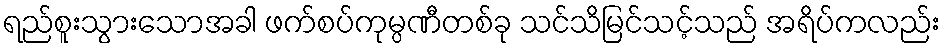
ရည်စူးသွားသောအခါ ဖက်စပ်ကုမ္ပဏီတစ်ခု သင်သိမြင်သင့်သည် အရိပ်ကလည်း